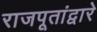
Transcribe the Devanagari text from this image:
राजपूतांद्वारे